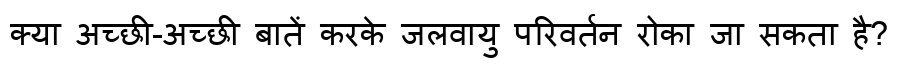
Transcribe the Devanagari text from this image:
क्या अच्छी-अच्छी बातें करके जलवायु परिवर्तन रोका जा सकता है?